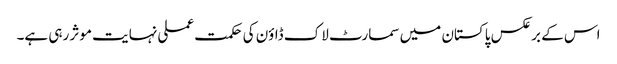
اس کے برعکس پاکستان میں سمارٹ لاک ڈاؤن کی حکمت عملی نہایت موثر رہی ہے۔